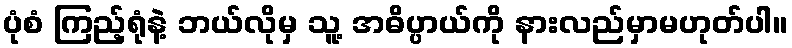
ပုံစံ ကြည့်ရုံနဲ့ ဘယ်လိုမှ သူ့ အဓိပ္ပာယ်ကို နားလည်မှာမဟုတ်ပါ။